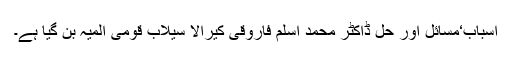
اسباب‘مسائل اور حل ڈاکٹر محمد اسلم فاروقی کیرالا سیلاب قومی المیہ بن گیا ہے۔